Civil Veterinary Department. Central Provinces & Berar 1925-31 - 1925-1931
Year: 1925
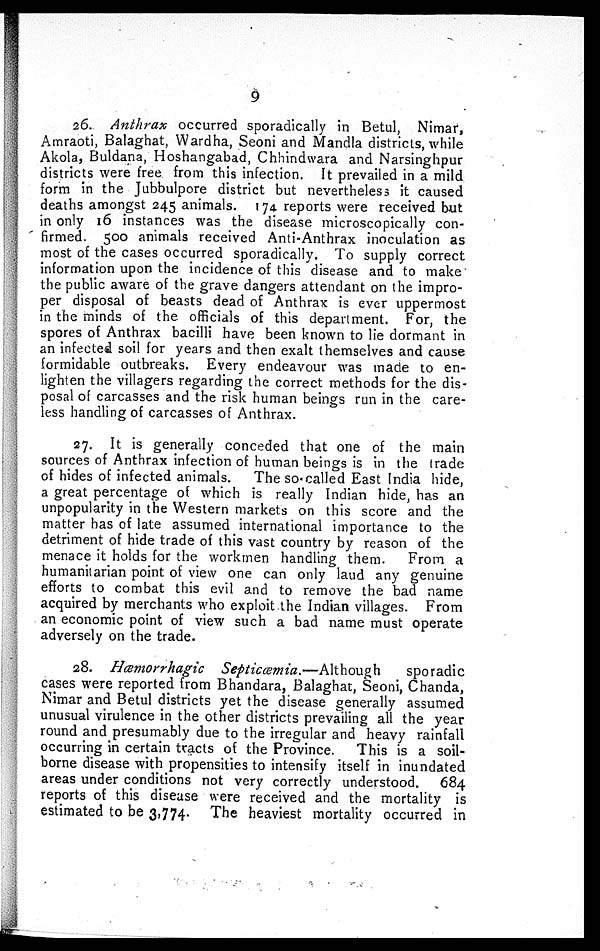
9
26. Anthrax occurred sporadically in Betul, Nimar,
Amraoti, Balaghat, Wardha, Seoni and Mandla districts, while
Akola, Buldana, Hoshangabad, Chhindwara and Narsinghpur
districts were free from this infection. It prevailed in a mild
form in the Jubbulpore district but nevertheless it caused
deaths amongst 245 animals. 174 reports were received but
in only 16 instances was the disease microscopically con-
firmed. 500 animals received Anti-Anthrax inoculation as
most of the cases occurred sporadically. To supply correct
information upon the incidence of this disease and to make
the public aware of the grave dangers attendant on the impro-
per disposal of beasts dead of Anthrax is ever uppermost
in the minds of the officials of this department. For, the
spores of Anthrax bacilli have been known to lie dormant in
an infected soil for years and then exalt themselves and cause
formidable outbreaks. Every endeavour was made to en-
lighten the villagers regarding the correct methods for the dis-
posal of carcasses and the risk human beings run in the care-
less handling of carcasses of Anthrax.
27. It is generally conceded that one of the main
sources of Anthrax infection of human beings is in the trade
of hides of infected animals.
The so called East India hide,
a great percentage of which is really Indian hide, has an
unpopularity in the Western markets on this score and the
matter has of late assumed international importance to the
detriment of hide trade of this vast country by reason of the
menace it holds for the workmen handling them.
From a
humanitarian point of view one can only laud any genuine
efforts to combat this evil and to remove the bad name
acquired by merchants who exploit the Indian villages. From
an economic point of view such a bad name must operate
adversely on the trade.
28. Hæmorrhagic
Septicæmia.—Although
sporadic
cases were reported from Bhandara, Balaghat, Seoni, Chanda,
Nimar and Betul districts yet the disease generally assumed
unusual virulence in the other districts prevailing all the year
round and presumably due to the irregular and heavy rainfall
occurring in certain tracts of the Province.
This is a soil-
borne disease with propensities to intensify itself in inundated
areas under conditions not very correctly understood.
684
reports of this disease were received and the mortality is
estimated to be 3,774. The heaviest mortality occurred in